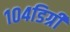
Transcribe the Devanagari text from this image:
१०४डिग्री